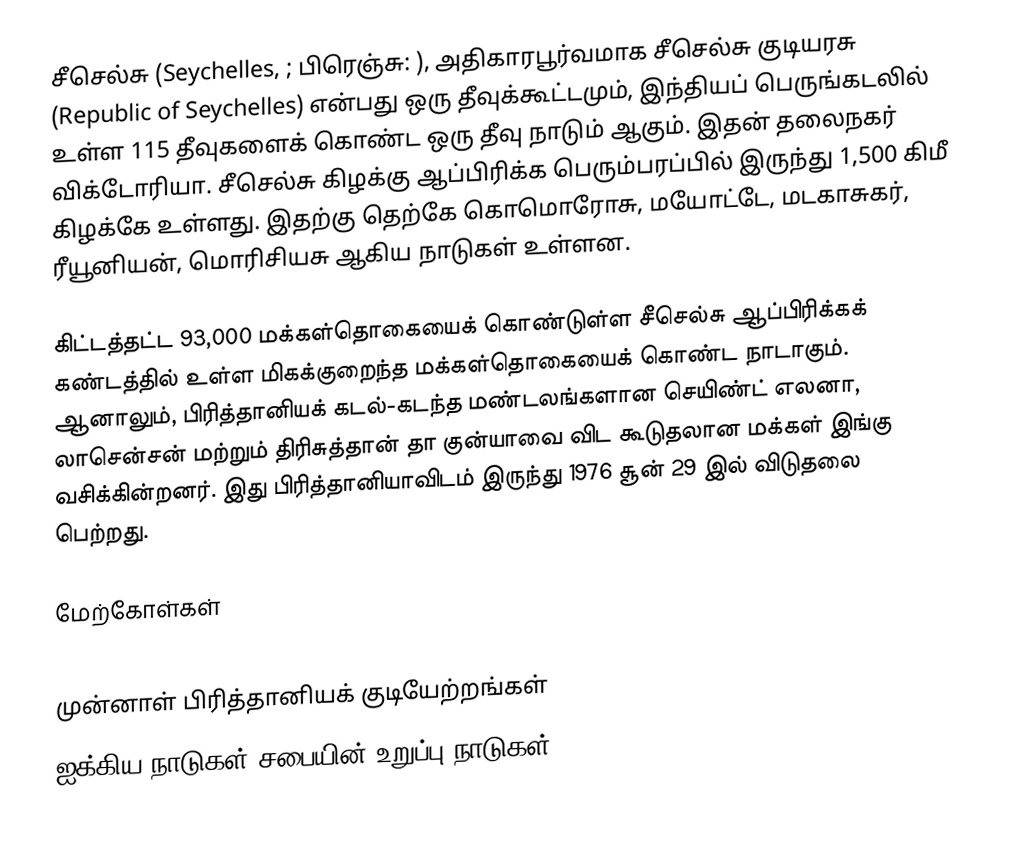
சீசெல்சு (Seychelles,  ; பிரெஞ்சு: ), அதிகாரபூர்வமாக சீசெல்சு குடியரசு (Republic of Seychelles) என்பது ஒரு தீவுக்கூட்டமும், இந்தியப் பெருங்கடலில் உள்ள 115 தீவுகளைக் கொண்ட ஒரு தீவு நாடும் ஆகும். இதன் தலைநகர் விக்டோரியா. சீசெல்சு கிழக்கு ஆப்பிரிக்க பெரும்பரப்பில் இருந்து 1,500 கிமீ கிழக்கே உள்ளது. இதற்கு தெற்கே கொமொரோசு, மயோட்டே, மடகாசுகர், ரீயூனியன், மொரிசியசு ஆகிய நாடுகள் உள்ளன.

கிட்டத்தட்ட 93,000 மக்கள்தொகையைக் கொண்டுள்ள சீசெல்சு ஆப்பிரிக்கக் கண்டத்தில் உள்ள மிகக்குறைந்த மக்கள்தொகையைக் கொண்ட நாடாகும். ஆனாலும், பிரித்தானியக் கடல்-கடந்த மண்டலங்களான செயிண்ட் எலனா, லாசென்சன் மற்றும் திரிசுத்தான் தா குன்யாவை விட கூடுதலான மக்கள் இங்கு வசிக்கின்றனர். இது பிரித்தானியாவிடம் இருந்து 1976 சூன் 29 இல் விடுதலை பெற்றது.

மேற்கோள்கள்

முன்னாள் பிரித்தானியக் குடியேற்றங்கள்
ஐக்கிய நாடுகள் சபையின் உறுப்பு நாடுகள்